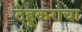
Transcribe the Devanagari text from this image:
देहूकरांचा